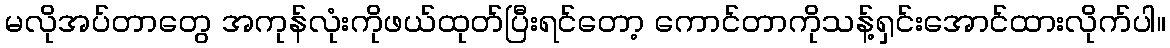
မလိုအပ်တာတွေ အကုန်လုံးကိုဖယ်ထုတ်ပြီးရင်တော့ ကောင်တာကိုသန့်ရှင်းအောင်ထားလိုက်ပါ။